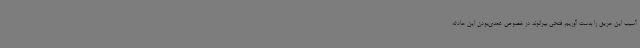
آسیب این حریق را بدست آوریم. فتحی بیرانوند در خصوص عمدی‌بودن این حادثه